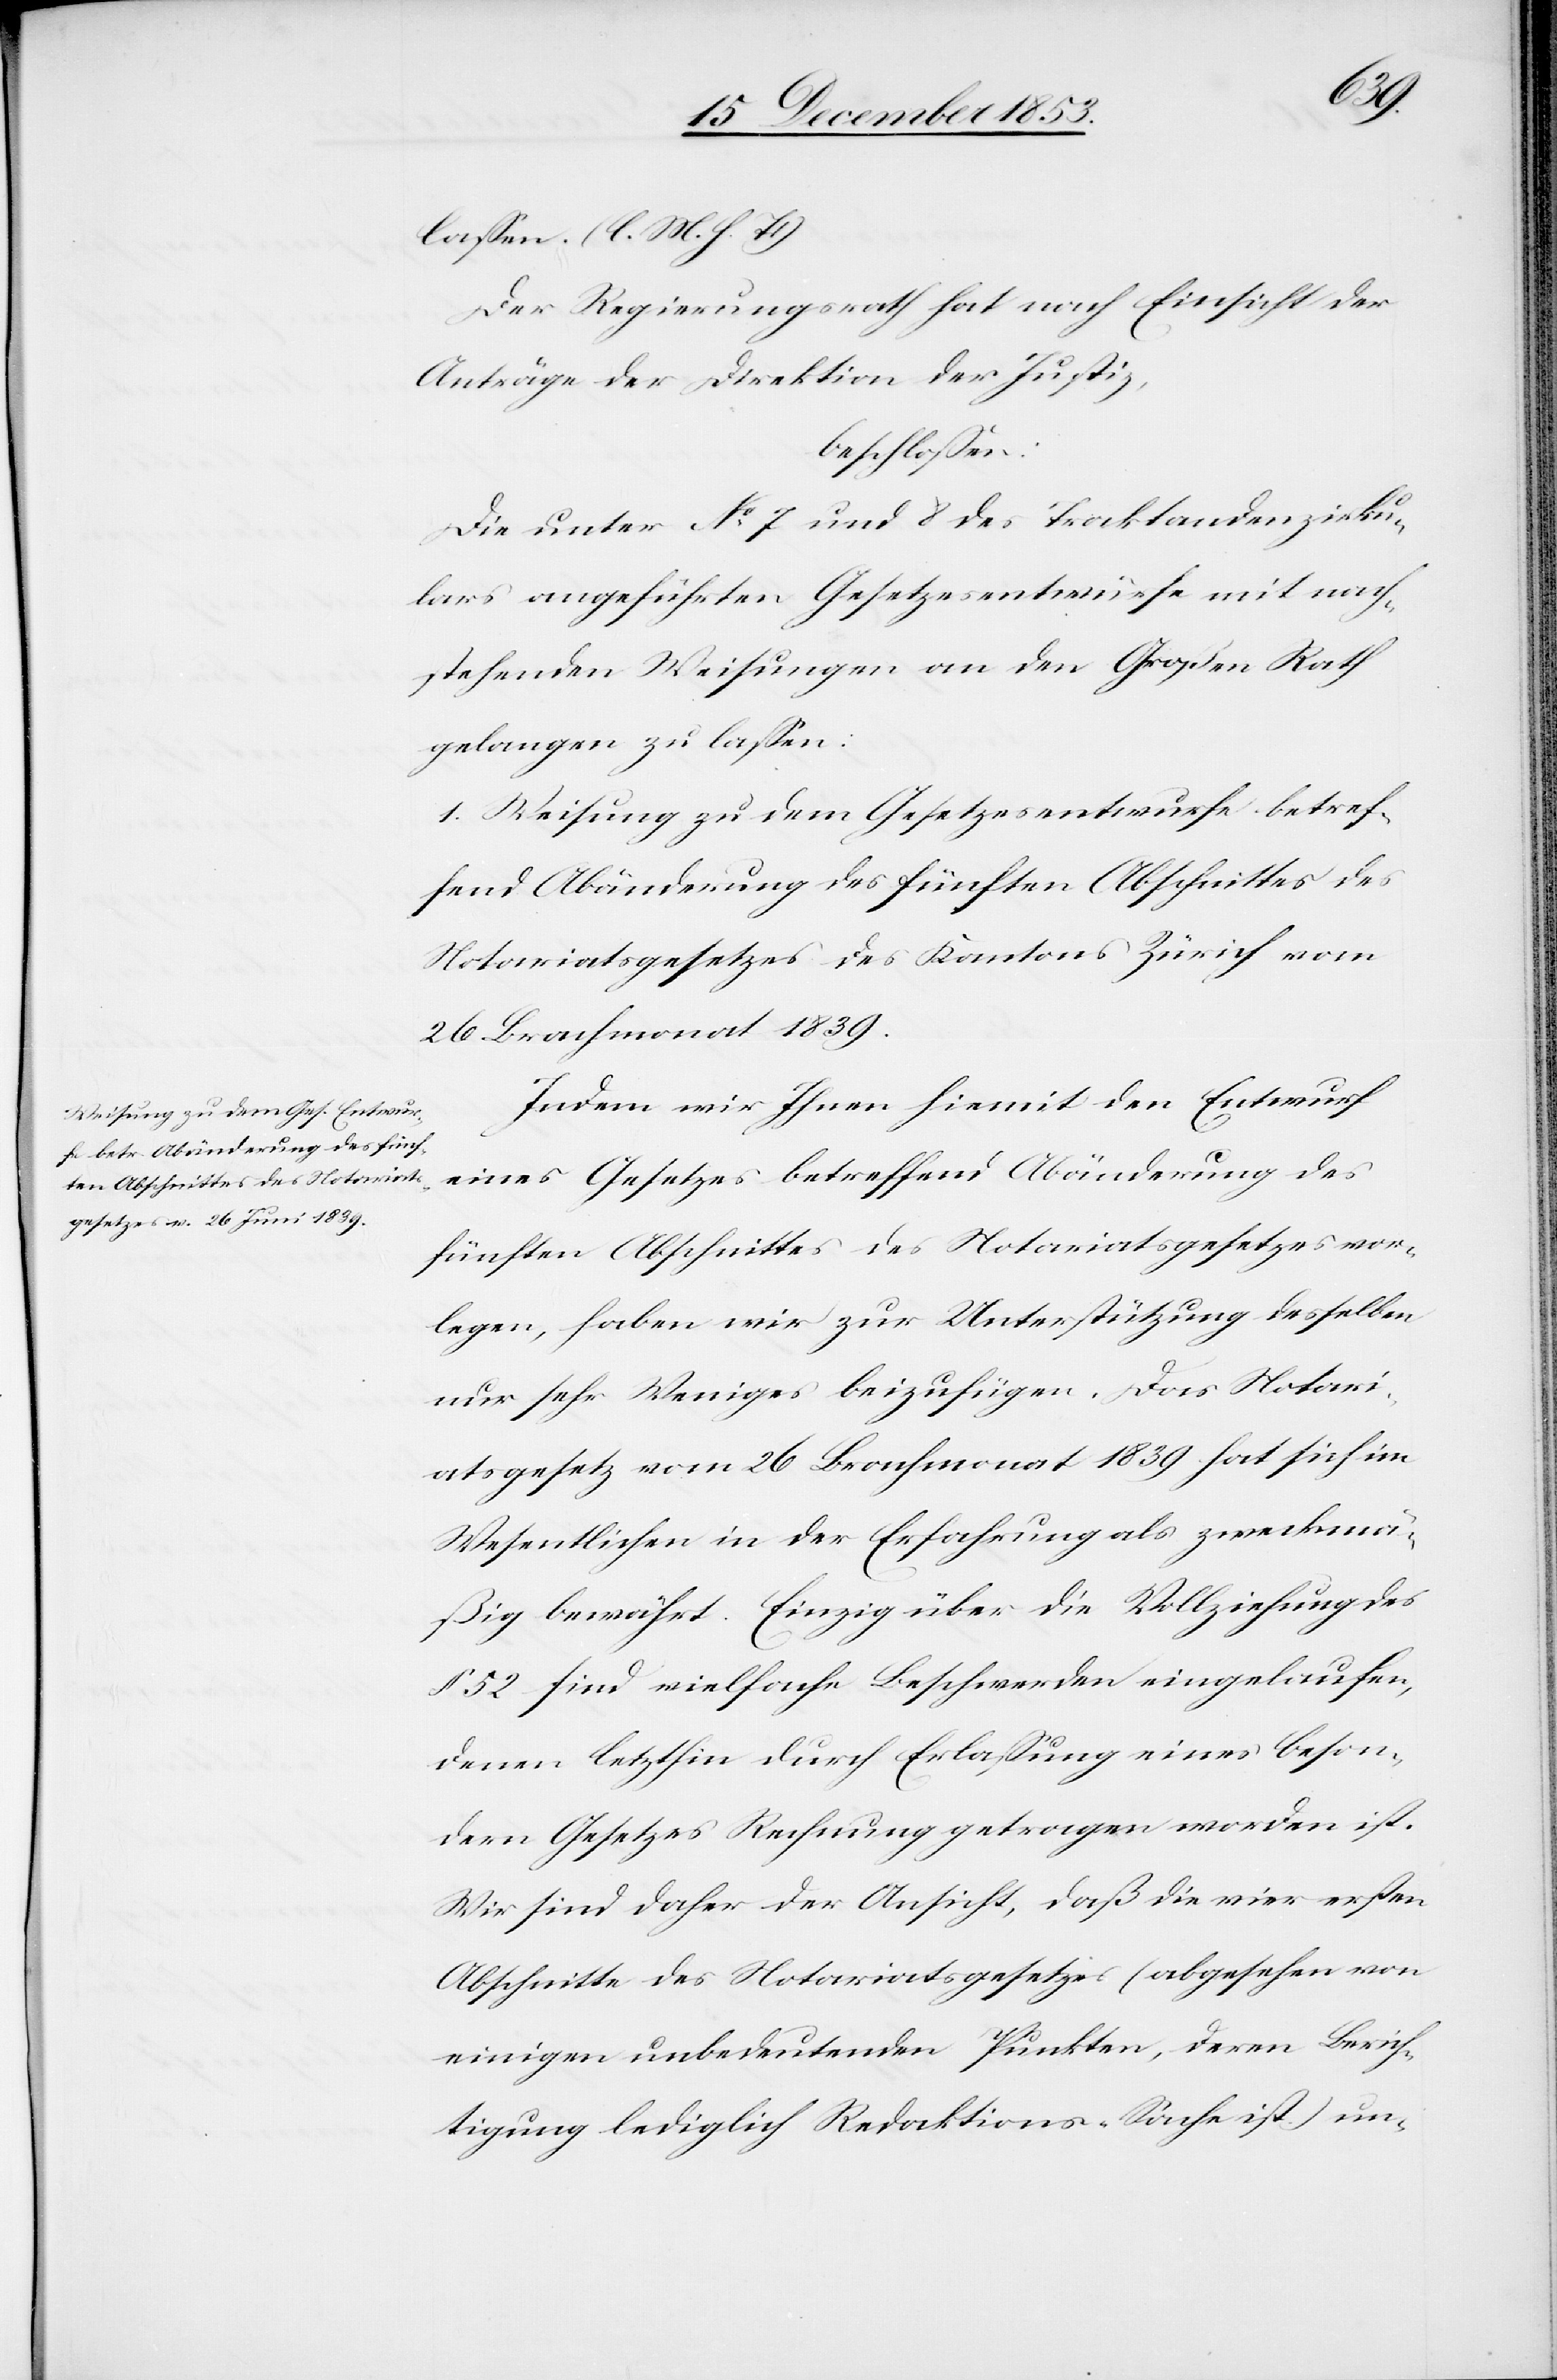
laßen. [l. M. h. T]
Der Regierungsrath hat nach Einsicht der
Anträge der Direktion der Justiz,
beschloßen:
Die unter N° 7 und 8 des Traktandenzirku¬
lars angeführten Gesetzesentwürfe mit nach¬
stehenden Weisungen an den Großen Rath
gelangen zu laßen:
1. Weisung zu dem Gesetzesentwurfe betref¬
fend Abänderung des fünften Abschnittes des
Notariatsgesetzes des Kantons Zürich vom
26 Brachmonat 1839.
Indem wir Ihnen hiemit den Entwurf
eines Gesetzes betreffend Abänderung des
fünften Abschnittes des Notariatsgesetzes vor¬
legen, haben wir zur Unterstützung desselben
nur sehr Weniges beizufügen. Das Notari¬
atsgesetz vom 26 Brachmonat 1839 hat sich im
Wesentlichen in der Erfahrung als zweckmä¬
ßig bewährt. Einzig über die Vollziehung des
§ 52 sind vielfache Beschwerden eingelaufen,
denen letzthin durch Erlaßung eines beson¬
dern Gesetzes Rechnung getragen worden ist.
Wir sind daher der Ansicht, daß die vier ersten
Abschnitte des Notariatsgesetzes (abgesehen von
einigen unbedeutenden Punkten, deren Berich¬
tigung lediglich Redaktions-Sache ist) un-